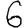
Digit: 6